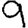
Digit: 9